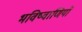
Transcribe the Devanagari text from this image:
भविष्वाणियों